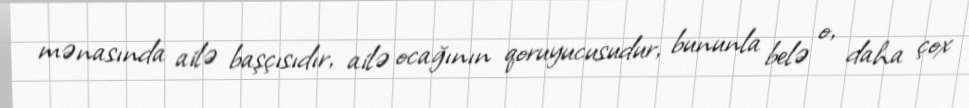
mənasında ailə başçısıdır, ailə ocağının qoruyucusudur, bununla belə o, daha çox